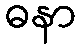
ဓနာ